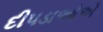
દીપડાઓએ